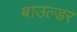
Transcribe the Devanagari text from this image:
बाउल्डर